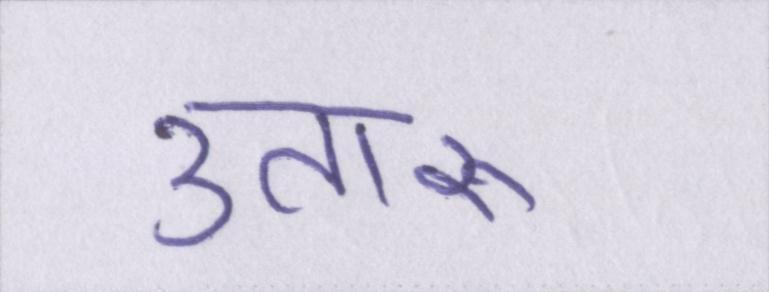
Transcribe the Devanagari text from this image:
उतारू